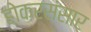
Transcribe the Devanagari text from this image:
होकरसंसार